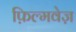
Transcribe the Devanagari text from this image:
फ़िल्मवेज़